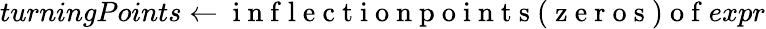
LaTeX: turningPoints\gets\mathrm{~i~n~f~l~e~c~t~i~o~n~p~o~i~n~t~s~(~z~e~r~o~s~)~o~f~}expr